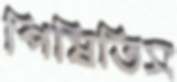
পিষিতিস